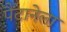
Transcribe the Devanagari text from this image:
पैंटानेला